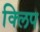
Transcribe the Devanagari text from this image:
क्‍िलप